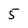
Character: 5